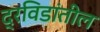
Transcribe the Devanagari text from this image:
द्रविडांतील